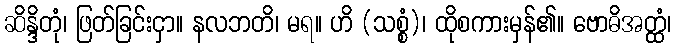
ဆိန္ဒိတုံ၊ ဖြတ်ခြင်းငှာ။ နလဘတိ၊ မရ။ ဟိ (သစ္စံ)၊ ထိုစကားမှန်၏။ ဗောဓိအတ္ထံ၊